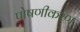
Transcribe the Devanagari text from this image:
पोषणीकरण